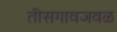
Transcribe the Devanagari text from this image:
तीसगावजवळ